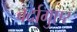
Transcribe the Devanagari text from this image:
वर्दागुएर